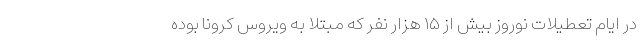
در ایام تعطیلات نوروز بیش از ۱۵ هزار نفر که مبتلا به ویروس کرونا بوده